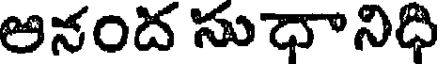
అనంద సుధానిధి